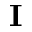
\mathbf { I }